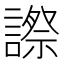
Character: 𧫕